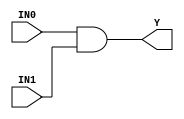
//------------------------------------------------------
// Copyright 1992, 1993 Cascade Design Automation Corporation.
//------------------------------------------------------
module dpand2(IN0,IN1,Y);
  parameter BIT = 0;
  parameter COLINST = "0";
  parameter GROUP = "dpath1";
  parameter
        d_IN0_r = 0,
        d_IN0_f = 0,
        d_IN1_r = 0,
        d_IN1_f = 0,
        d_Y_r = 1,
        d_Y_f = 1;
  input  IN0;
  input  IN1;
  output  Y;
  wire  IN0_temp;
  wire  IN1_temp;
  reg  Y_temp;
  assign #(d_IN0_r,d_IN0_f) IN0_temp = IN0;
  assign #(d_IN1_r,d_IN1_f) IN1_temp = IN1;
  assign #(d_Y_r,d_Y_f) Y = Y_temp;
  always
    @(IN0_temp or IN1_temp)
      Y_temp = (IN0_temp & IN1_temp);
endmodule